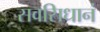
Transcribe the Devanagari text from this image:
सवसिधानं